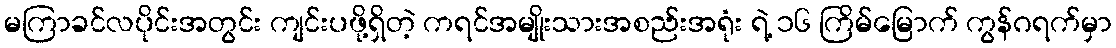
မကြာခင်လပိုင်းအတွင်း ကျင်းပဖို့ရှိတဲ့ ကရင်အမျိုးသားအစည်းအရုံး ရဲ့ ၁၆ ကြိမ်မြောက် ကွန်ဂရက်မှာ